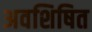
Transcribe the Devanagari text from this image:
अवशिषित